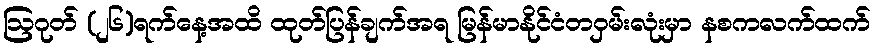
ဩဂုတ် (၂၆)ရက်နေ့အထိ ထုတ်ပြန်ချက်အရ မြန်မာနိုင်ငံတဝှမ်းလုံးမှာ နစကလက်ထက်